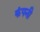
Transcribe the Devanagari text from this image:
कंपनी